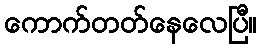
ကောက်တတ်နေလေပြီ။